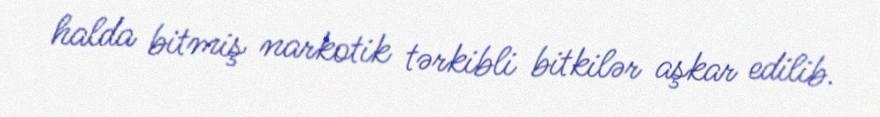
halda bitmiş narkotik tərkibli bitkilər aşkar edilib.